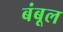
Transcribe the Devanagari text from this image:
बंबूल